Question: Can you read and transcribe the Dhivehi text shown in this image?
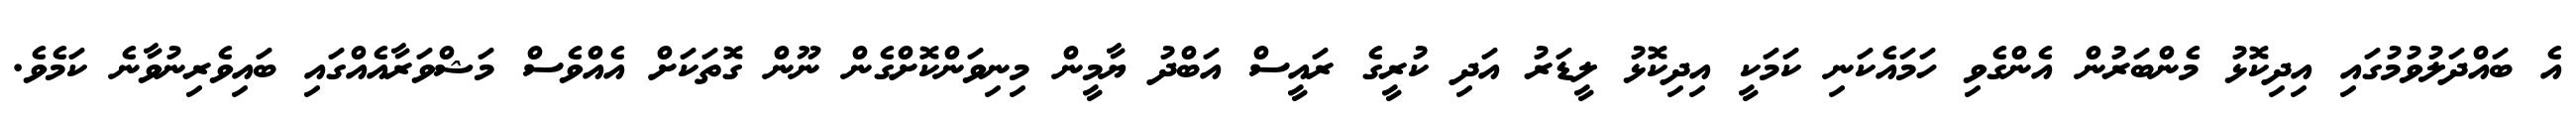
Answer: އެ ބައްދަލުވުމުގައި އިދިކޮޅު މެންބަރުން އެންގެވި ހަމައެކަނި ކަމަކީ އިދިކޮޅު ލީޑަރު އަދި ކުރީގެ ރައީސް އަބްދު ޔާމީން މިނިވަންކޮށްގެން ނޫން ގޮތަކަށް އެއްވެސް މަޝްވަރާއެއްގައި ބައިވެރިނުވާނެ ކަމެވެ.